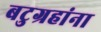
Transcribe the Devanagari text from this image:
बटुग्रहांना